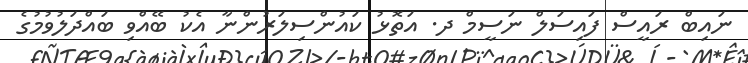
ނައިބް ރައީސް ފައިސަލް ނަސީމް ދ. އަތޮޅު ކައުންސިލަރުންނާ އެކު ބޭއްވި ބައްދަލުވުމުގެ